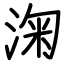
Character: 淗